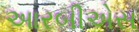
આરબીએસ